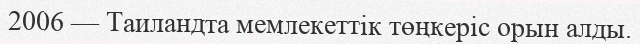
2006 — Таиландта мемлекеттік төңкеріс орын алды.